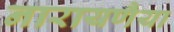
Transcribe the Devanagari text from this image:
नारायणैया